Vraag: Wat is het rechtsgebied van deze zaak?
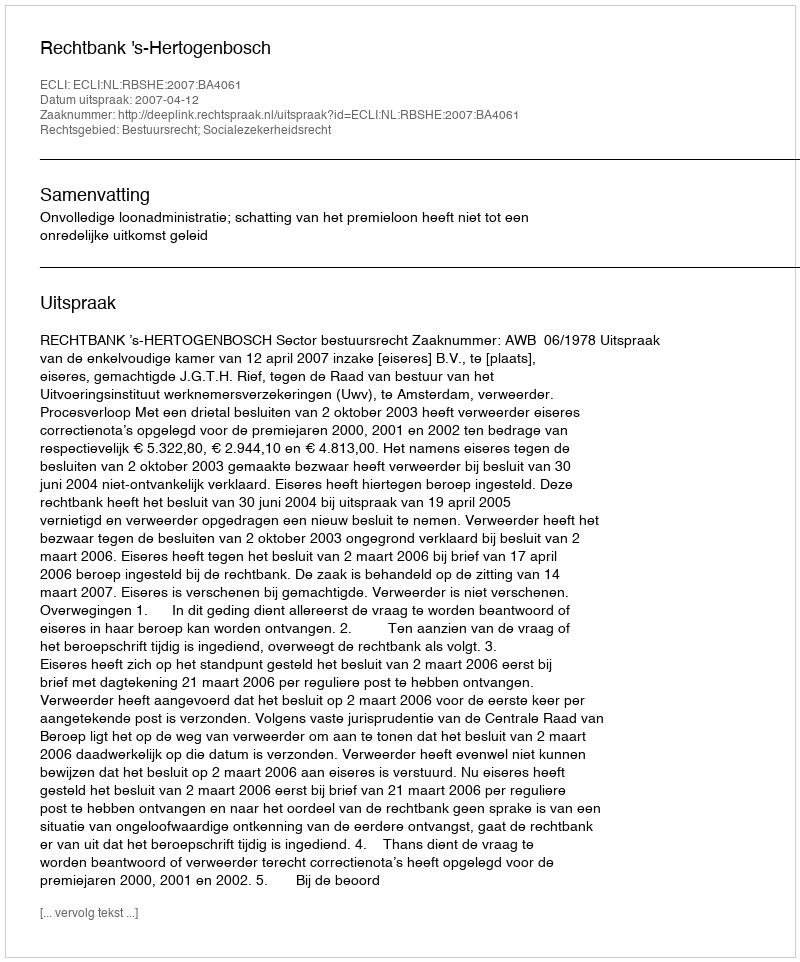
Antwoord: Bestuursrecht; Socialezekerheidsrecht